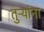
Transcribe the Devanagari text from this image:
तुऱ्यांना